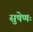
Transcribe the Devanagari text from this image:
सुषेणः